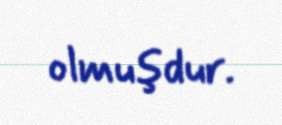
olmuşdur.